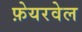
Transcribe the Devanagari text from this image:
फ़ेयरवेल